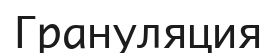
Грануляция